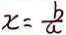
x = \frac { b } { a }